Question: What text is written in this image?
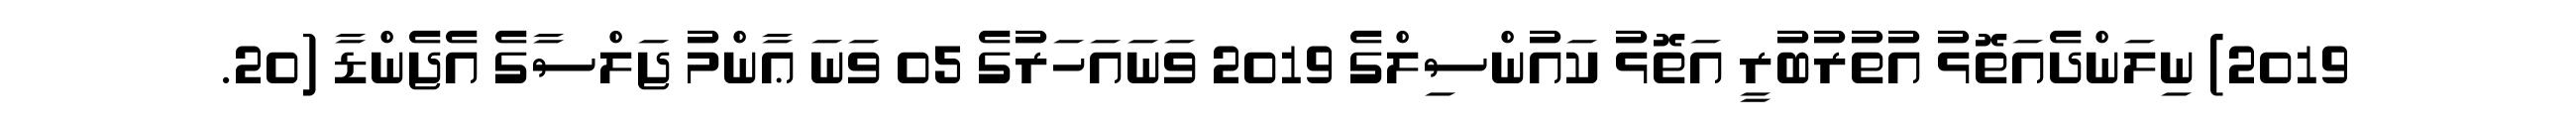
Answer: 2019) ނިލަންދެއަތޮޅު އުތުރުބުރީ އަތޮޅު ކައުންސިލްގެ 2019 ވަނައަހަރުގެ 05 ވަނަ ޢާންމު ޖަލްސާގެ އެޖެންޑާ (20.